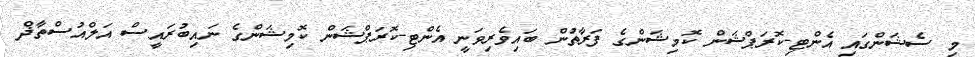
މި ސެޝަންގައި އެންޓި-ކޮރަޕްޝަން ކޮމިޝަންގެ ފަރާތުން ބައިވެރިވަނީ އެންޓި-ކޮރަޕްޝަން ކޮމިޝަންގެ ނައިބުރައީސް އަލްއުސްތާޛް